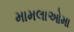
મામલાઓમા